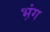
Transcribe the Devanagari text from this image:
भ़ंग